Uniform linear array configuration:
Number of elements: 32
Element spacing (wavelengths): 0.75
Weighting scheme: hann
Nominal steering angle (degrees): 45
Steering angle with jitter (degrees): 45.518
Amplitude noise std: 0.05
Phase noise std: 0.05

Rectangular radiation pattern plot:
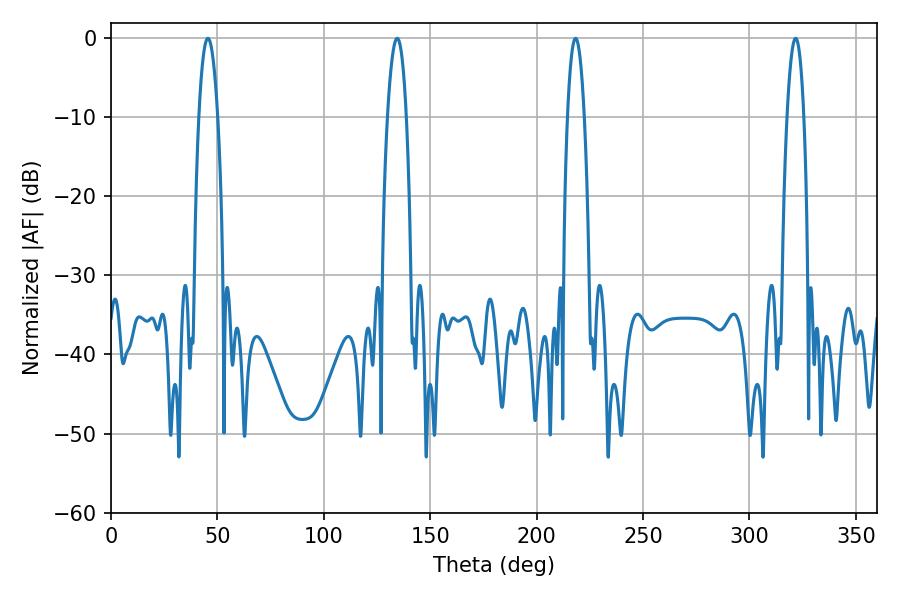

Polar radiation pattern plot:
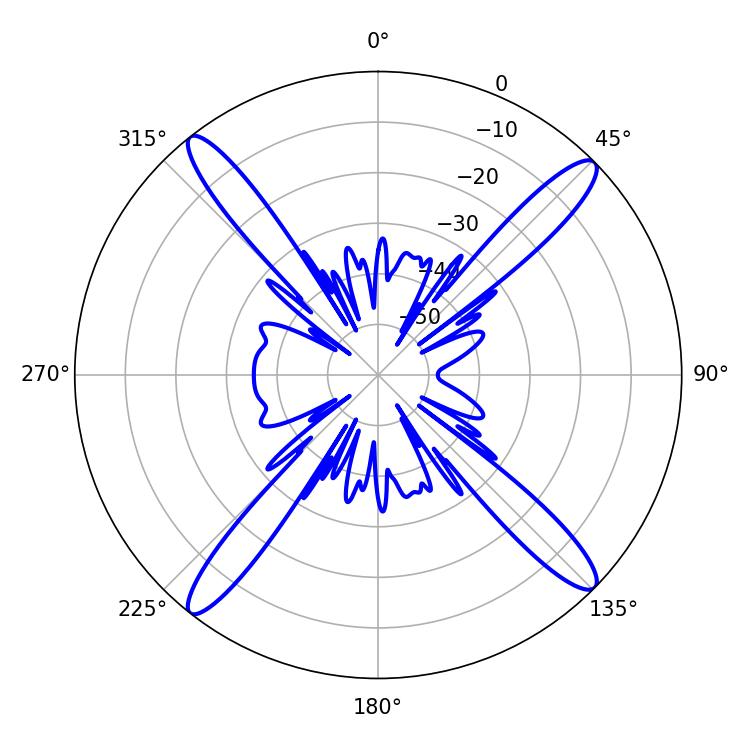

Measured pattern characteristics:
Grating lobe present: TRUE
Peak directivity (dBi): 18.297
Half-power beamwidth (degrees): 4.86
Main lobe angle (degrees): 45.54